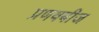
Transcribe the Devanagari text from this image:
प्रणवबीज